Report on vaccination proceedings throughout the Government of Bengal -
Year: 1868
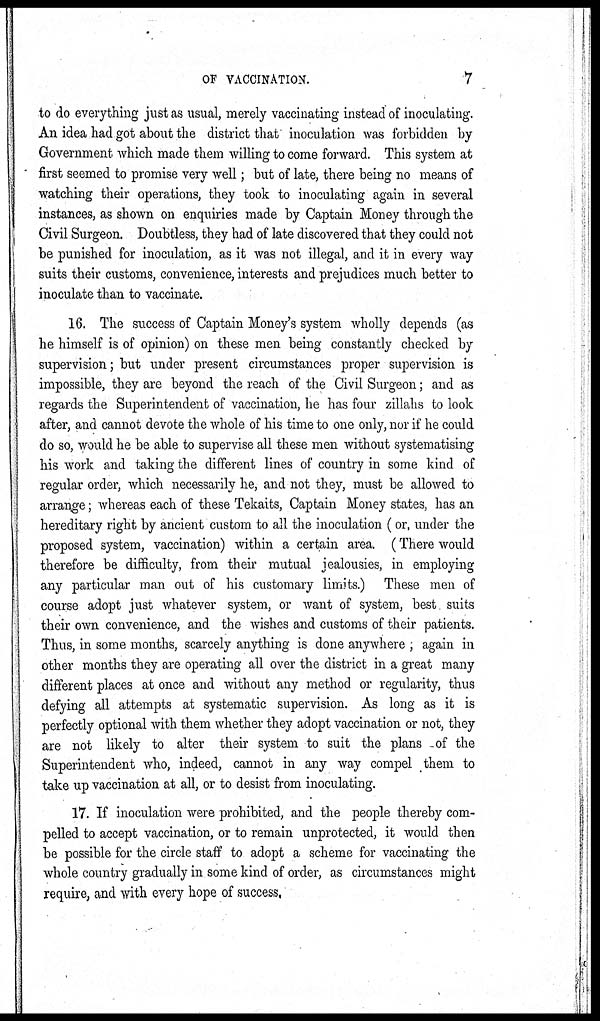
OF VACCINATION.
7
to do everything just as usual, merely vaccinating instead of inoculating.
An idea had got about the district that inoculation was forbidden by
Government which made them willing to come forward. This system at
first seemed to promise very well; but of late, there being no means of
watching their operations, they took to inoculating again in several
instances, as shown on enquiries made by Captain Money through the
Civil Surgeon. Doubtless, they had of late discovered that they could not
be punished for inoculation, as it was not illegal, and it in every way
suits their customs, convenience, interests and prejudices much better to
inoculate than to vaccinate.
16. The success of Captain Money's system wholly depends (as
he himself is of opinion) on these men being constantly checked by
supervision; but under present circumstances proper supervision is
impossible, they are beyond the reach of the Civil Surgeon; and as
regards the Superintendent of vaccination, he has four zillahs to look
after, and cannot devote the whole of his time to one only, nor if he could
do so, would he be able to supervise all these men without systematising
his work and taking the different lines of country in some kind of
regular order, which necessarily he, and not they, must be allowed to
arrange; whereas each of these Tekaits, Captain Money states, has an
hereditary right by ancient custom to all the inoculation (or, under the
proposed system, vaccination) within a certain area. (There would
therefore be difficulty, from their mutual jealousies, in employing
any particular man out of his customary limits.) These men of
course adopt just whatever system, or want of system, best suits
their own convenience, and the wishes and customs of their patients.
Thus, in some months, scarcely anything is done anywhere , again in
other months they are operating all over the district in a great many
different places at once and without any method or regularity, thus
defying all attempts at systematic supervision. As long as it is
perfectly optional with them whether they adopt vaccination or not, they
are not likely to alter their system to suit the plans of the
Superintendent who, indeed, cannot in any way compel them to
take up vaccination at all, or to desist from inoculating.
17. If inoculation were prohibited, and the people thereby com-
pelled to accept vaccination, or to remain unprotected, it would then
be possible for the circle staff to adopt a scheme for vaccinating the
whole country gradually in some kind of order, as circumstances might
require, and with every hope of success,